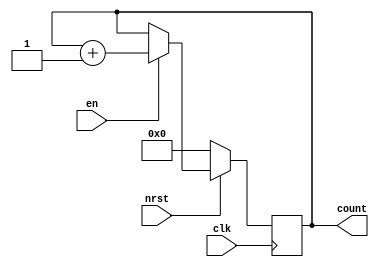
module counter(
    input clk,
    input nrst,
    input en,

    output[7:0] count
);

    reg[7:0] count;

    always @(posedge clk) begin
        if(~nrst)
            count <= 0;    
        else if(en)
            count <= count + 1;
    end

endmodule